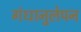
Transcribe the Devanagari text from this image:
गंधानुलेपन